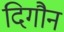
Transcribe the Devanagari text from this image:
दिगौन